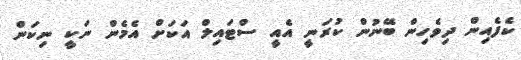
ކެފެއިން ދިވެހިން ބޭނުން ކުރަނީ އެއީ ސްޓައިލް އަކަށް އެމެން ނަކީ ނިކަން